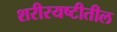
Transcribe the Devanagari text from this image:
शरीरयष्टीतील